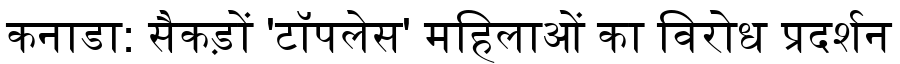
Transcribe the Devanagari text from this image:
कनाडा: सैकड़ों 'टॉपलेस' महिलाओं का विरोध प्रदर्शन